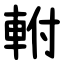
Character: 軵